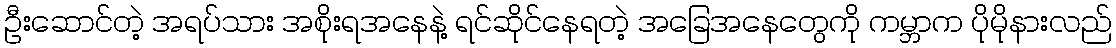
ဦးဆောင်တဲ့ အရပ်သား အစိုးရအနေနဲ့ ရင်ဆိုင်နေရတဲ့ အခြေအနေတွေကို ကမ္ဘာက ပိုမိုနားလည်